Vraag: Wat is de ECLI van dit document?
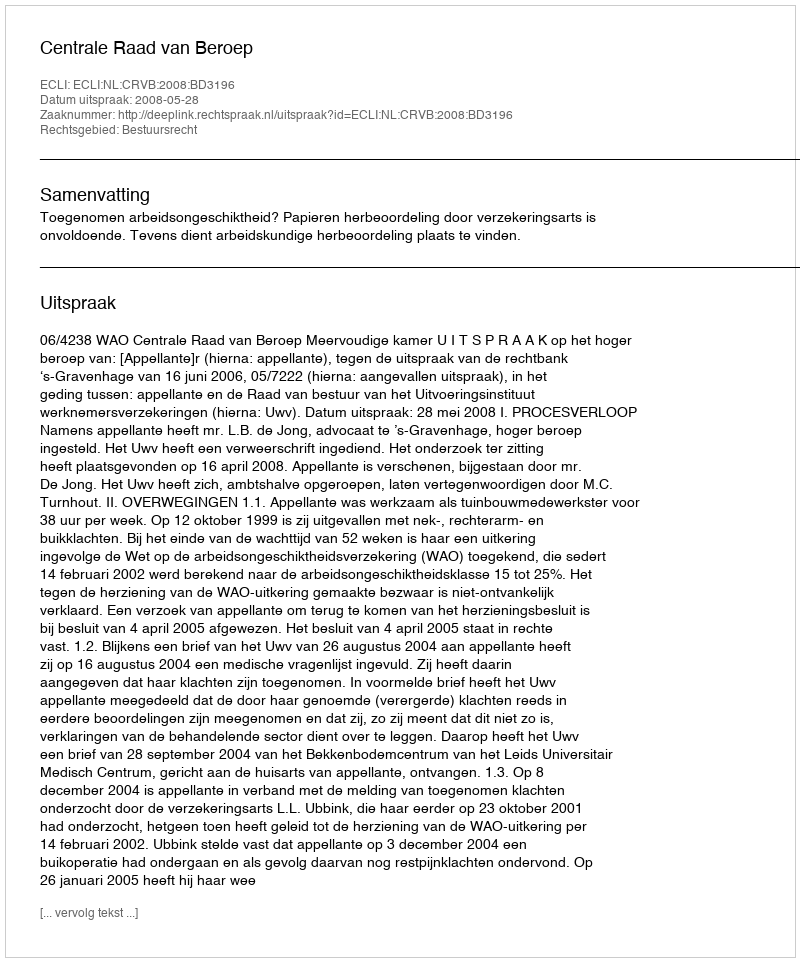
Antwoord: ECLI:NL:CRVB:2008:BD3196